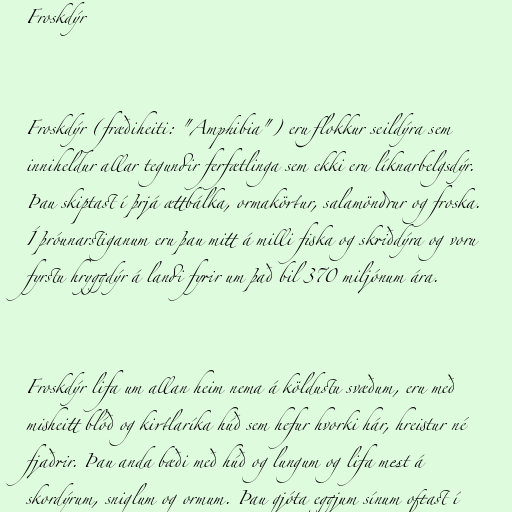
Froskdýr

Froskdýr (fræðiheiti: "Amphibia") eru flokkur seildýra sem
inniheldur allar tegundir ferfætlinga sem ekki eru líknarbelgsdýr.
Þau skiptast í þrjá ættbálka, ormakörtur, salamöndrur og froska.
Í þróunarstiganum eru þau mitt á milli fiska og skriðdýra og voru
fyrstu hryggdýr á landi fyrir um það bil 370 miljónum ára.

Froskdýr lifa um allan heim nema á köldustu svæðum, eru með
misheitt blóð og kirtlaríka húð sem hefur hvorki hár, hreistur né
fjaðrir. Þau anda bæði með húð og lungum og lifa mest á
skordýrum, sniglum og ormum. Þau gjóta eggjum sínum oftast í